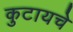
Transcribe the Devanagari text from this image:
कुटायचे